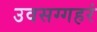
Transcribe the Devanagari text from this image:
उवसग्गहरं